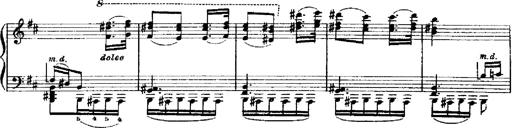
Title: RÃ©miniscences de Robert le diable
Composer: Franz Liszt